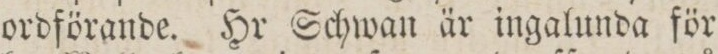
ordförande. Hr Schwan är ingalunda för